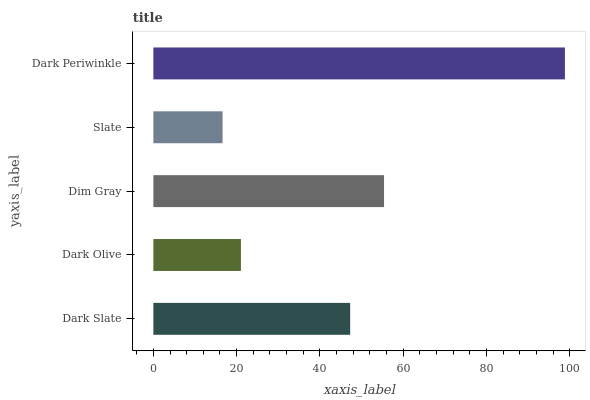
| yaxis_label | bars |
 | --- | --- |
 | Dark Slate | 47.3 |
 | Dark Olive | 21 |
 | Dim Gray | 55.4 |
 | Slate | 16.6 |
 | Dark Periwinkle | 98.8 |